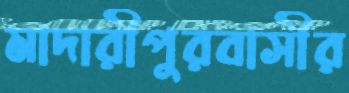
মাদারীপুরবাসীর